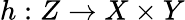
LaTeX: h:Z\to X\times Y